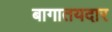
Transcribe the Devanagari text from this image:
बागातयदार